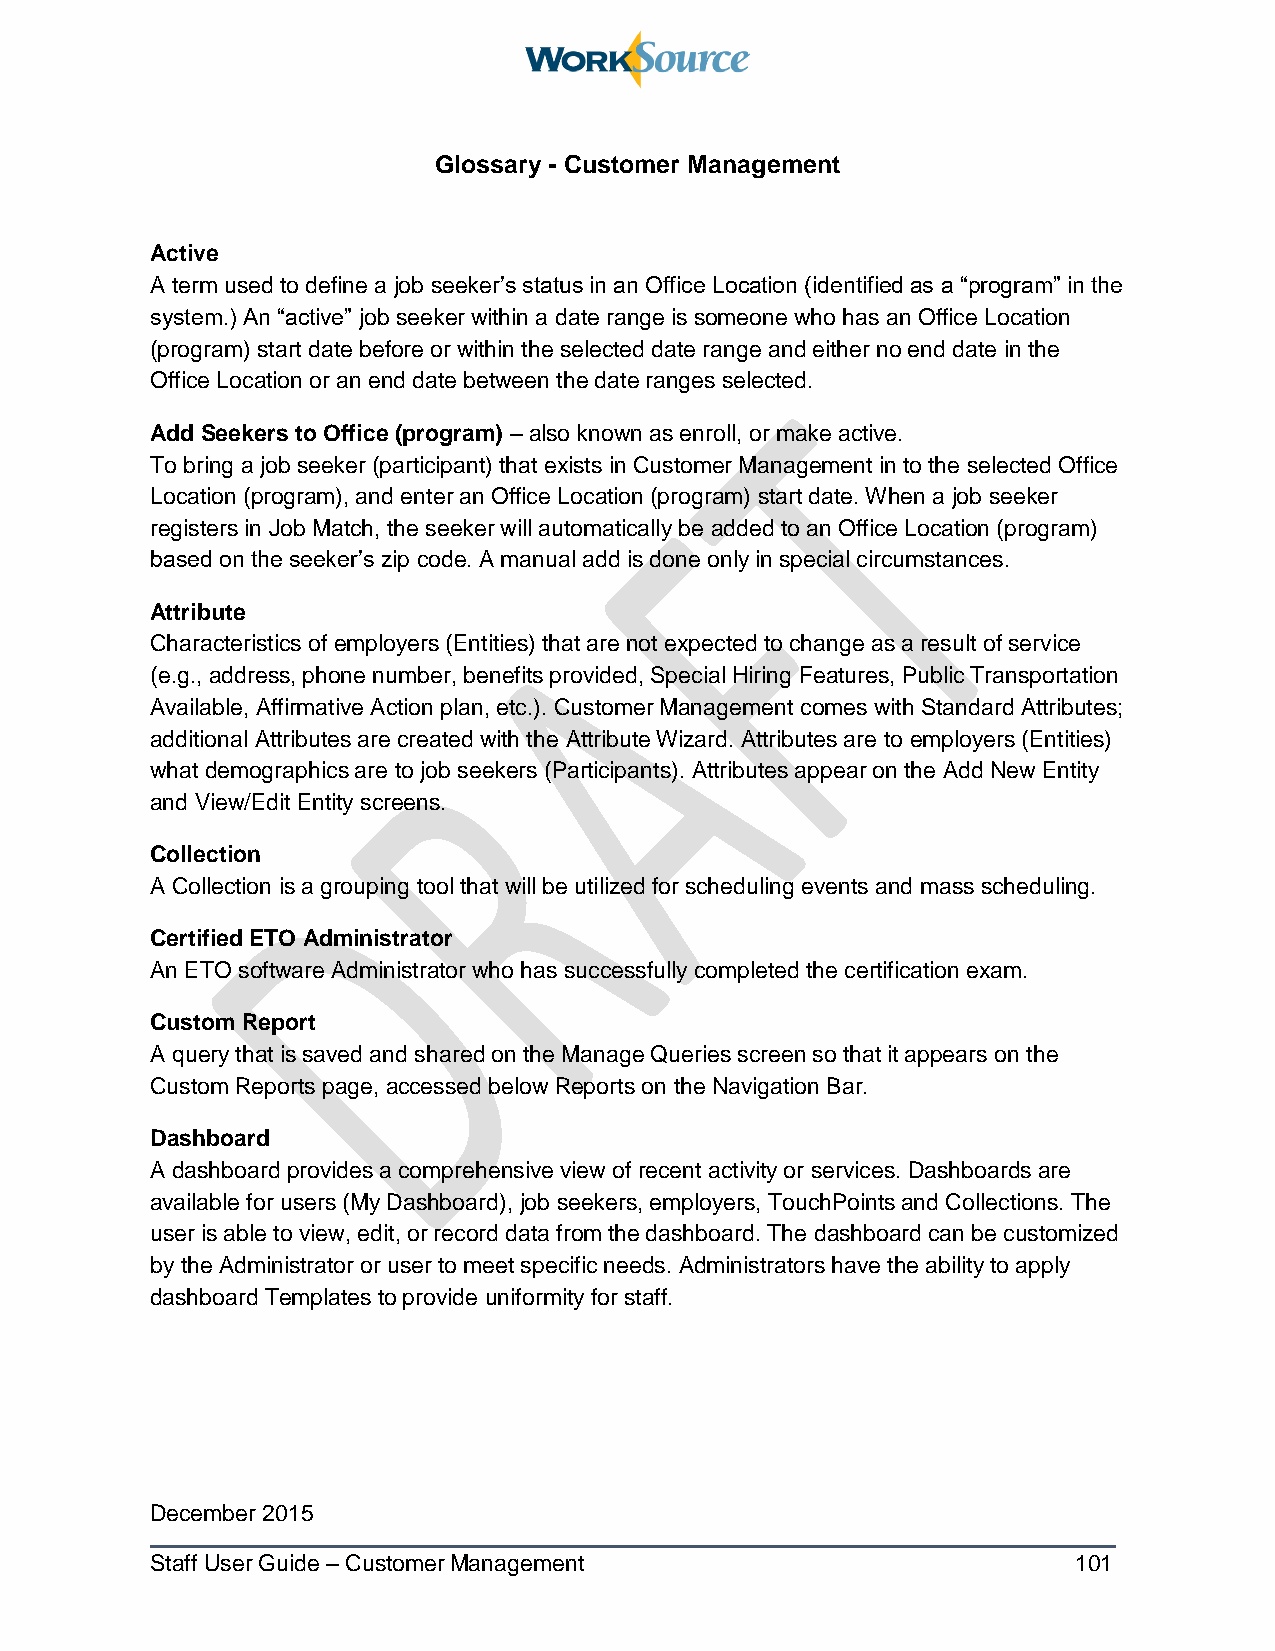
Glossary - Customer Management
 Active
 A term used to define a job seeker’s status in an Office Location (identified as a “program” in the
 system.) An “active” job seeker within a date range is someone who has an Office Location
 (program) start date before or within the selected date range and either no end date in the
 Office Location or an end date between the date ranges selected.
 Add Seekers to Office (program) – also known as enroll, or make active.
 To bring a job seeker (participant) that exists in Customer Management in to the selected Office
 Location (program), and enter an Office Location (program) start date. When a job seeker
 registers in Job Match, the seeker will automatically be added to an Office Location (program)
 based on the seeker’s zip code. A manual add is done only in special circumstances.
 Attribute
 Characteristics of employers (Entities) that are not expected to change as a result of service
 (e.g., address, phone number, benefits provided, Special Hiring Features, Public Transportation
 Available, Affirmative Action plan, etc.). Customer Management comes with Standard Attributes;
 additional Attributes are created with the Attribute Wizard. Attributes are to employers (Entities)
 what demographics are to job seekers (Participants). Attributes appear on the Add New Entity
 and View/Edit Entity screens.
 Collection
 A Collection is a grouping tool that will be utilized for scheduling events and mass scheduling.
 Certified ETO Administrator
 An ETO software Administrator who has successfully completed the certification exam.
 Custom Report
 A query that is saved and shared on the Manage Queries screen so that it appears on the
 Custom Reports page, accessed below Reports on the Navigation Bar.
 Dashboard
 A dashboard provides a comprehensive view of recent activity or services. Dashboards are
 available for users (My Dashboard), job seekers, employers, TouchPoints and Collections. The
 user is able to view, edit, or record data from the dashboard. The dashboard can be customized
 by the Administrator or user to meet specific needs. Administrators have the ability to apply
 dashboard Templates to provide uniformity for staff.
 December 2015
 Staff User Guide – Customer Management                       101